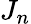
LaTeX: J_{n}